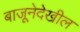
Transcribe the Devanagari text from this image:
बाजूनेदेखील